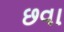
છવા